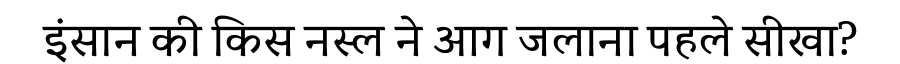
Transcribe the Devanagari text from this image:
इंसान की किस नस्ल ने आग जलाना पहले सीखा?